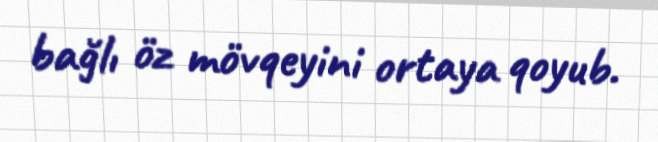
bağlı öz mövqeyini ortaya qoyub.